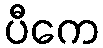
ပီကေ